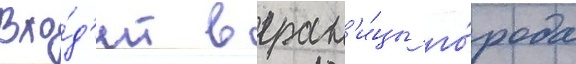
вхо́д'ит в гран'и́цы го́рода